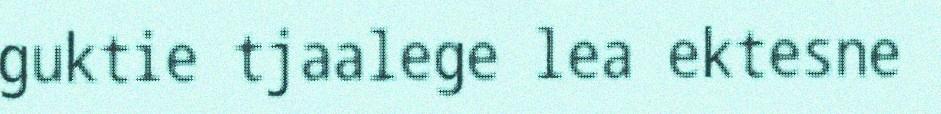
guktie tjaalege lea ektesne